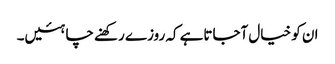
ان کو خیال آجاتاہے کہ روزے رکھنے چاہئیں۔